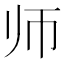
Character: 师